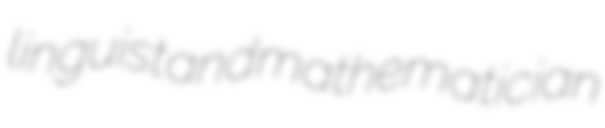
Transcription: linguist and mathematician